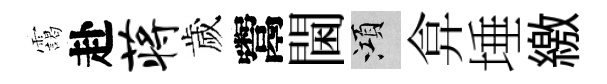
靄赴蒋歲鬻閫澒弇埵繳